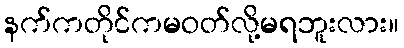
နက်ကတိုင်ကမဝတ်လို့မရဘူးလား။